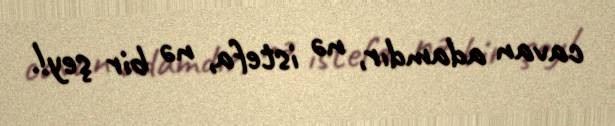
cavan adamdır, nə istefa, nə bir şey!.